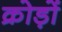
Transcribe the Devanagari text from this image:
क्रोड़ों